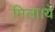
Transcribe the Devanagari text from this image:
मिला।ये